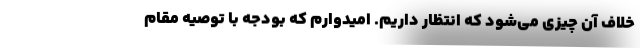
خلاف آن چیزی می‌شود که انتظار داریم. امیدوارم که بودجه با توصیه مقام